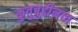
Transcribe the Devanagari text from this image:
कुतुबुद्दीनचा